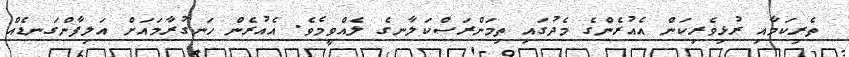
ތެރިކަމާއި ރުޅިވެރިކަން އެއުރެންގެ މެދުގައި ތިމަންރަސްކަލާނގެ ލެއްވީމެވެ. އެއުރެން ހަނގުރާމައަށް އަލިފާންގަނޑެއް